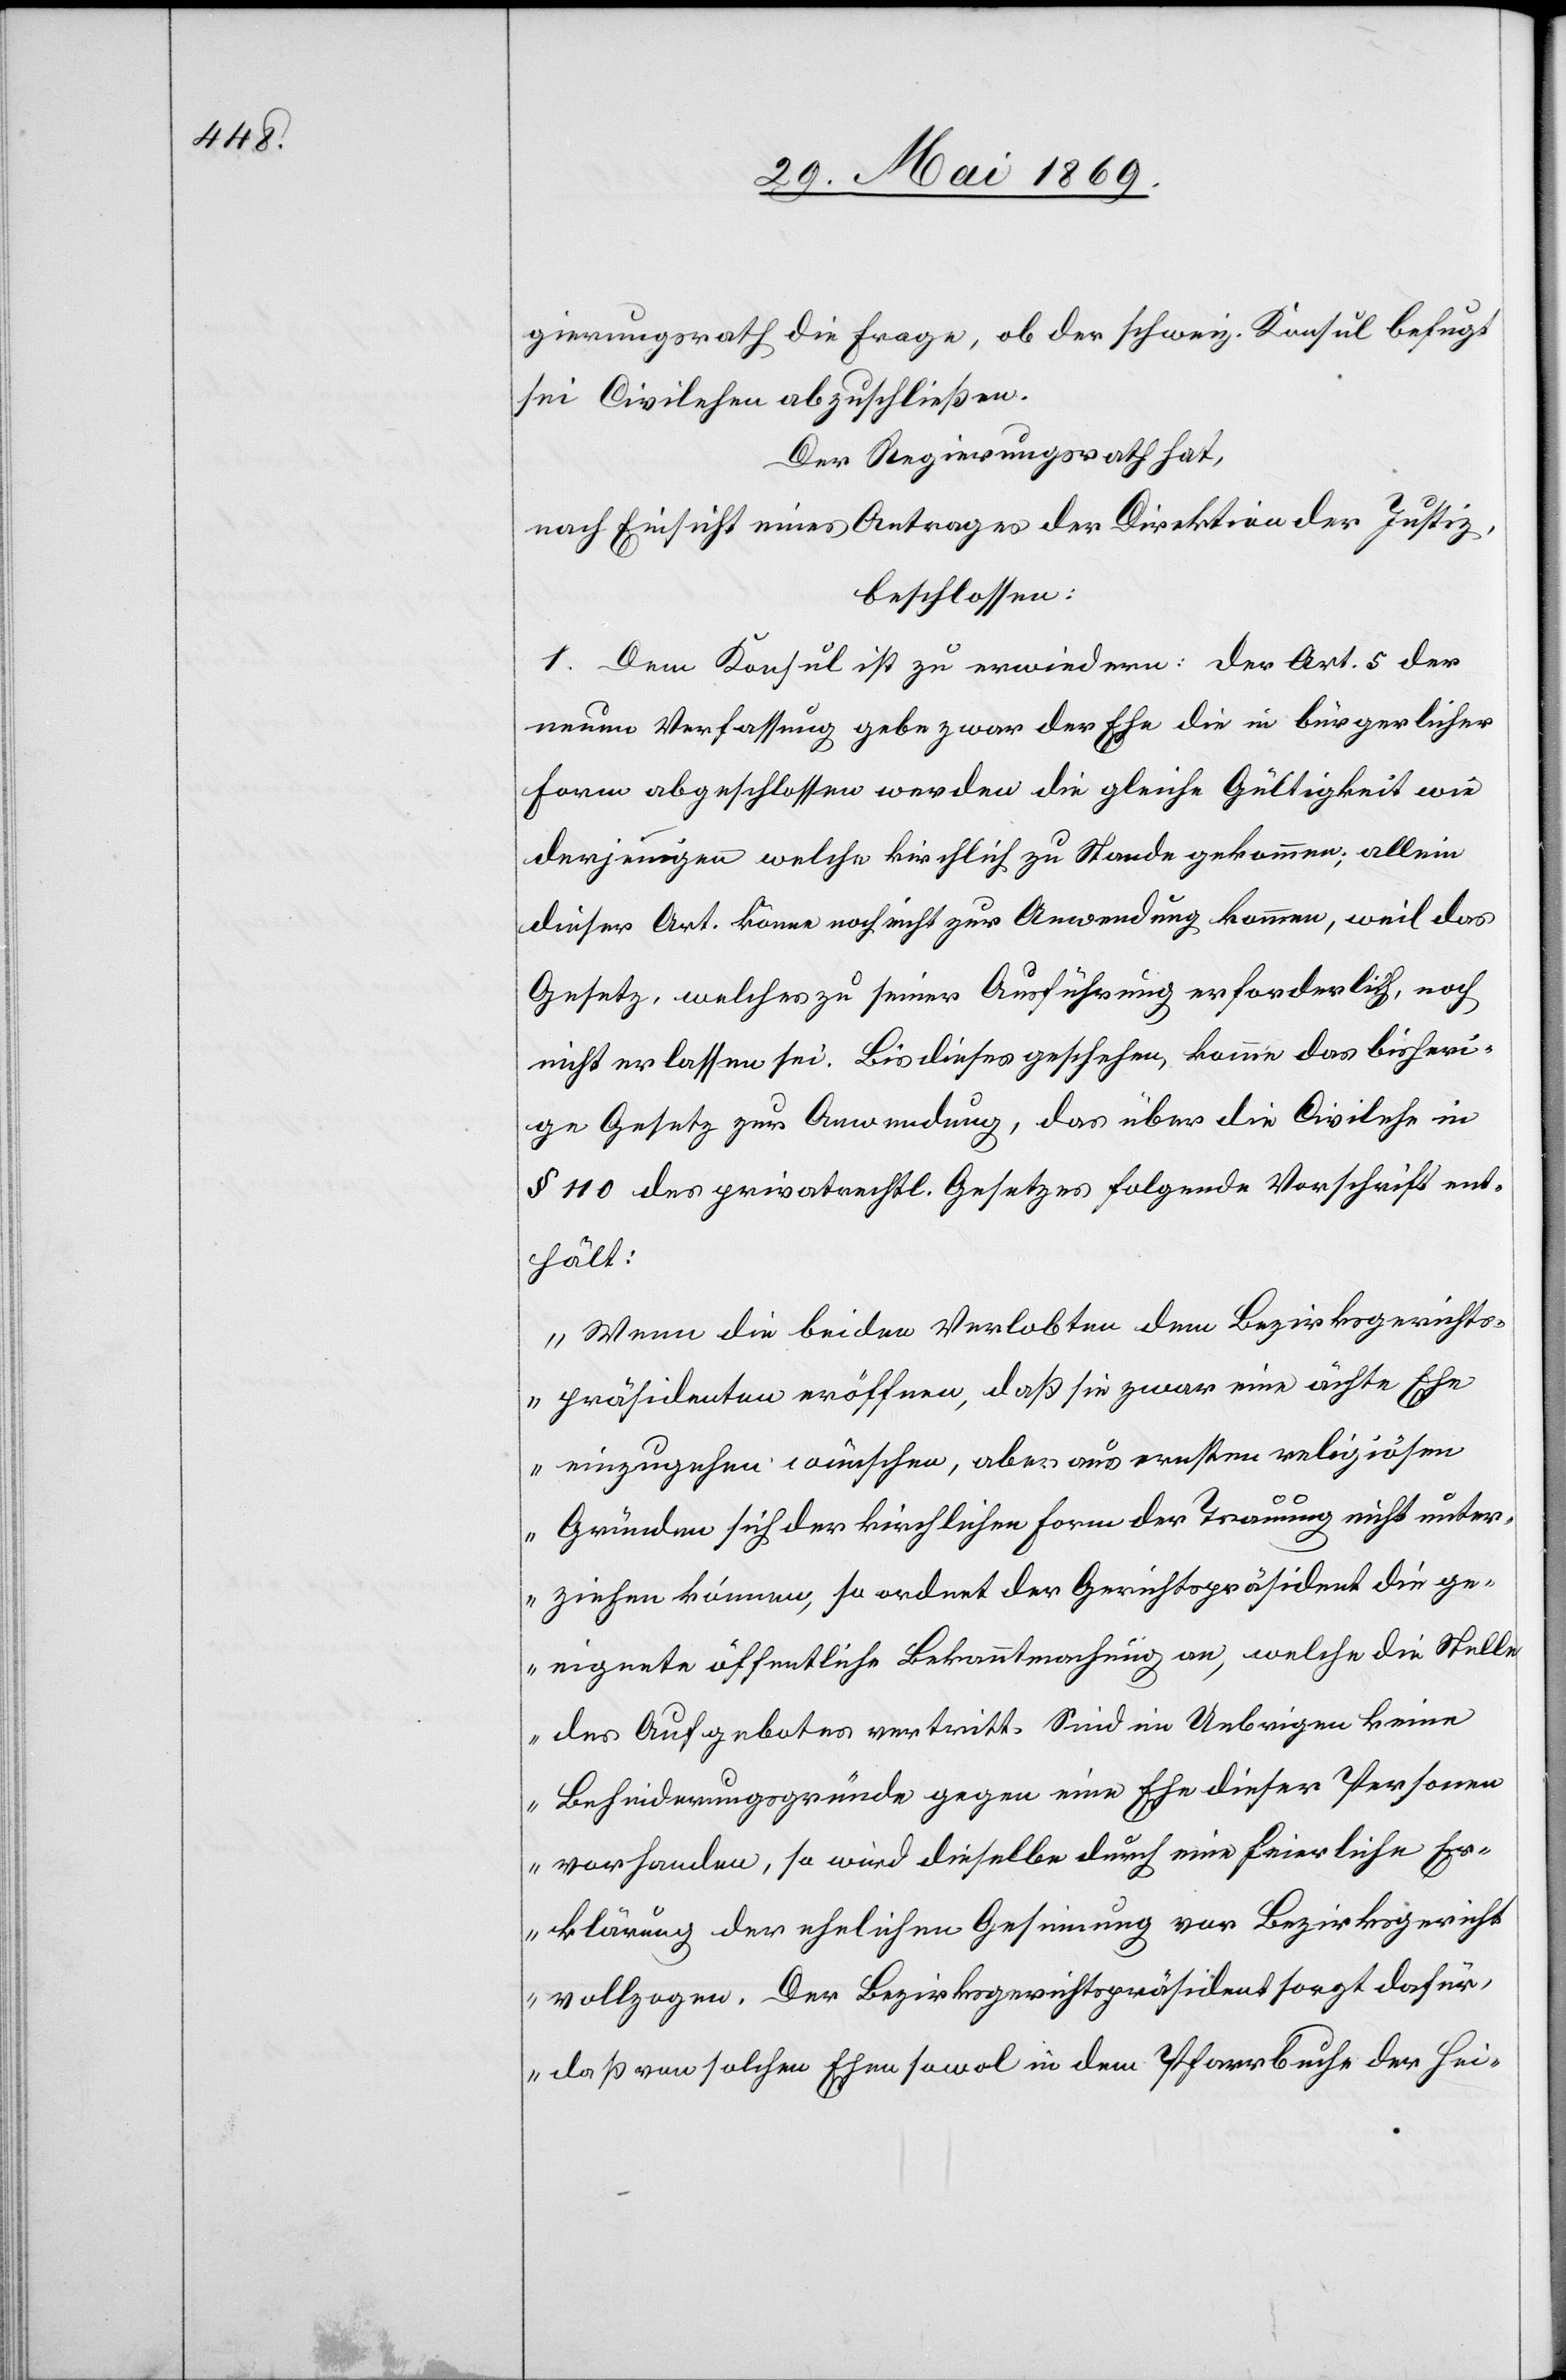
gierungsrath die Frage, ob der schweiz. Konsul befugt
die Civilehe abzuschließen.
Der Regierungsrath hat,
nach Einsicht eines Antrages der Direktion der Justiz,
beschlossen:
1. Dem Konsul ist zu erwiedern: Der Art. 5 der
neuen Verfassung gebe zwar der Ehe die in bürgerlicher
Form abgeschlossen werden die gleiche Gültigkeit wie
derjenigen welche kirchlich zu Stande gekommen; allein
dieser Art. könne noch nicht zur Anwendung kommen, weil das
Gesetz, welches zu seiner Ausführung erforderlich, noch
nicht erlassen sei. Bis dieses geschehen, komme das bisheri¬
ge Gesetz zur Anwendung, das über die Civilehe in
§ 110 des privatrechtl. Gesetzes folgende Vorschrift ent¬
hält:
„Wenn die beiden Verlobten dem Bezirksgerichts¬
präsidenten eröffnen, daß sie zwar eine ächte Ehe
einzugehen wünschen, aber aus ernsten religiösen
Gründen sich der kirchlichen Form der Trauung nicht unter¬
ziehen können, so ordnet der Gerichtspräsident die ge¬
eignete öffentliche Bekanntmachung an, welche die Stelle
des Aufgebotes vertritt. Sind im Uebrigen keine
Befriedungsgründe gegen eine Ehe dieser Personen
vorhanden, so wird dieselbe durch eine feierliche Er¬
klärung der ehelichen Gesinnung vor Bezirksgericht
vollzogen. Der Bezirksgerichtspräsident sorgt dafür,
daß von solchen Ehen sowol in dem Pfarrbuche der Hei-